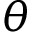
\theta